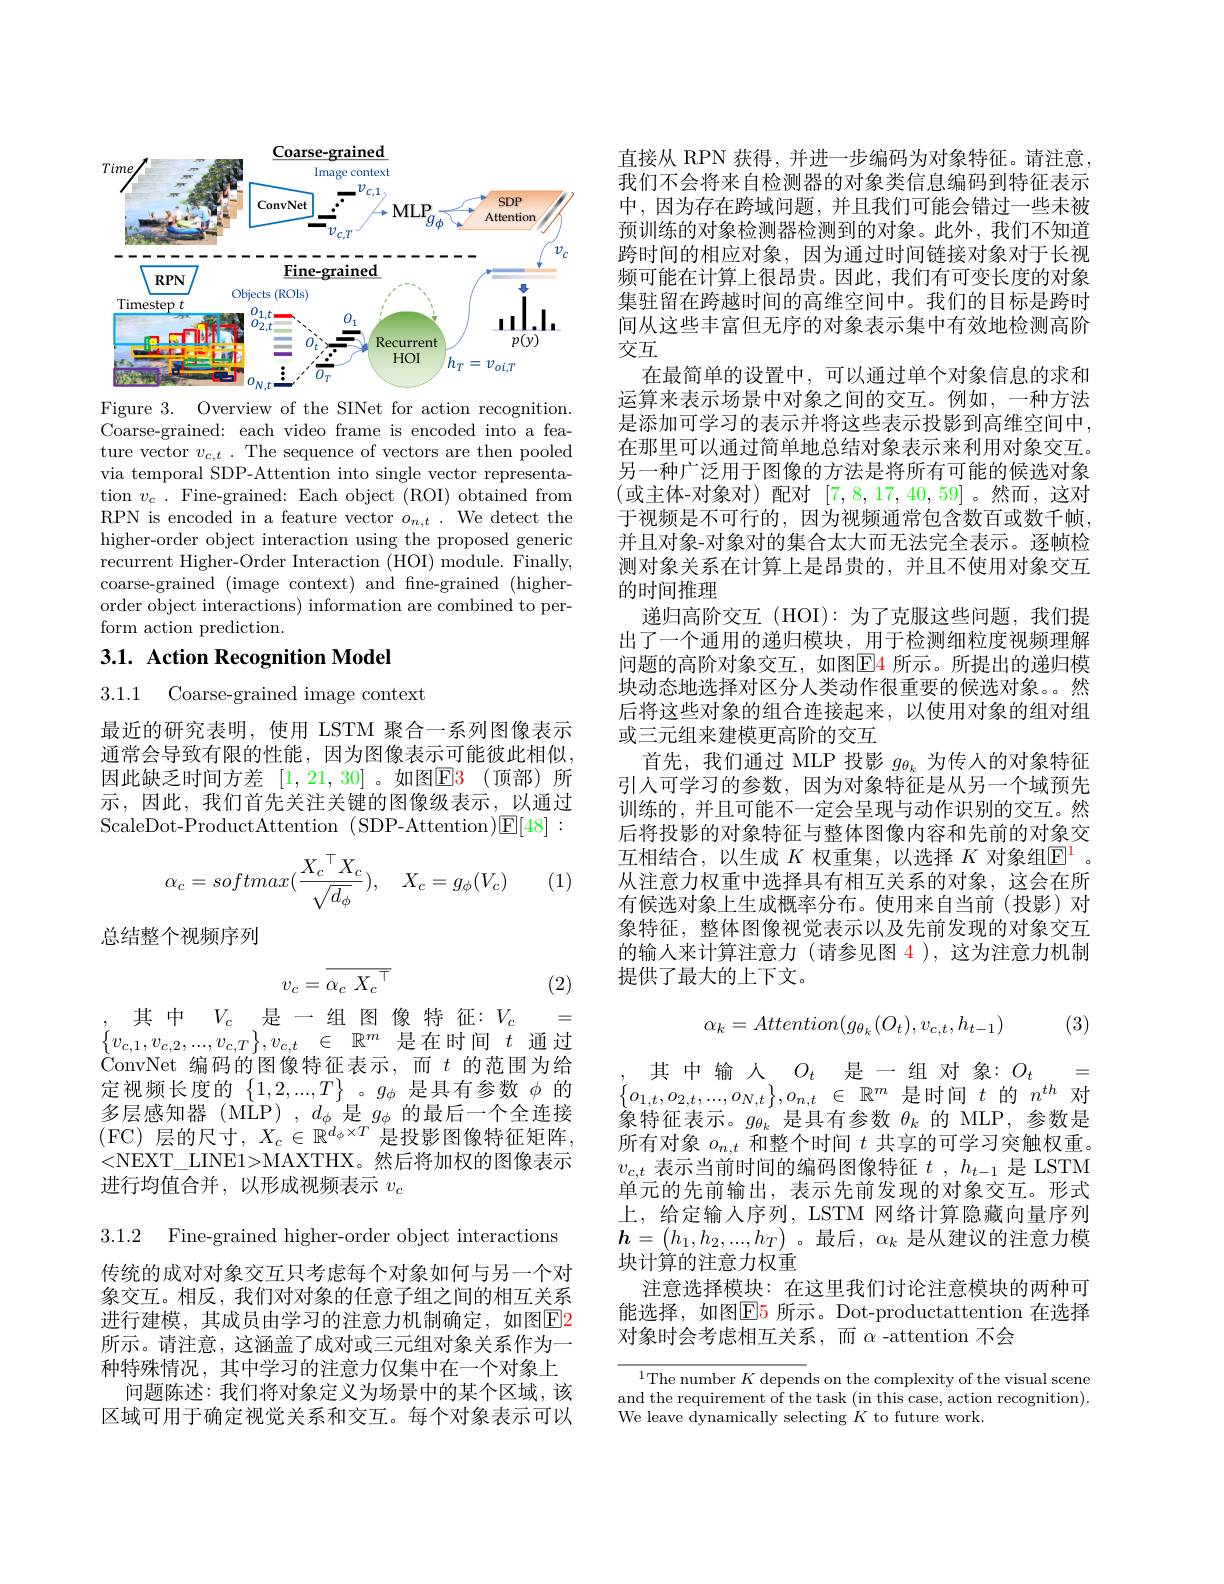
<FigureHere>

Figure 3. Overview of the SINet for action recognition. Coarse-grained: each video frame is encoded into a feature vector $v_{c,t}.$ The sequence of vectors are then pooled via temporal SDP-Attention into single vector representation $v_c.$ Fine-grained: Each object (ROI) obtained from RPN is encoded in a feature vector $o_{n,t}.$ We detect the higher-order object interaction using the proposed generic recurrent Higher-Order Interaction (HOI) module. Finally, coarse-grained (image context) and fine-grained (higherorder object interactions) information are combined to perform action prediction.

## 3.1. Action Recognition Model

3.1.1 Coarse-grained image context

最近的研究表明，使用 LSTM 聚合一系列图像表示通常会导致有限的性能，因为图像表示可能彼此相似， 因此缺乏时间方差 [1,21,30] 。如图$\mathbb{E} \color{red} 3\:($顶部)所示，因此，我们首先关注关键的图像级表示，以通过ScaleDot-ProductAttention (SDP-Attention)$\boxed{\mathrm{E}}[48]:$
$$\alpha_c=softmax(\frac{X_c{}^\top X_c}{\sqrt{d_\phi}}),\quad X_c=g_\phi(V_c)$$
(1)

总结整个视频序列
$$v_{c}=\overline{\alpha_{c}\:X_{c}^{\top}}$$
(2)

=
其中$V_c$是一组图像特征：$V_c$
$\begin{Bmatrix} v_{c, 1}, v_{c, 2}, . . . , v_{c, T}\end{Bmatrix} , v_{c, t}\in \mathbb{R} ^{m}$是 在 时 间 $t$通 过 $\\$ $\dot{\text{ConvNet 编码的图像特征表示，而 }}t$的范围为给定视频长度的$\left\{1,2,...,T\right\}$。$g_\phi$是具有参数$\phi$的多层感知器(MLP),$d_\phi$是$g_\phi$的最后一个全连接(FC)层的尺寸$,X_c\in\mathbb{R}^d_\phi\times T$是投影图像特征矩阵， <NEXT\_LINE1>MAXTHX。然后将加权的图像表示进行均值合并，以形成视频表示$v_c$

3.1.2 Fine-grained higher-order object interactions

传统的成对对象交互只考虑每个对象如何与另一个对象交互。相反，我们对对象的任意子组之间的相互关系进行建模，其成员由学习的注意力机制确定，如图E2所示。请注意，这涵盖了成对或三元组对象关系作为一种特殊情况，其中学习的注意力仅集中在一个对象上
问题陈述：我们将对象定义为场景中的某个区域，该区域可用于确定视觉关系和交互。每个对象表示可以

直接从 RPN 获得，并进一步编码为对象特征。请注意， 我们不会将来自检测器的对象类信息编码到特征表示中，因为存在跨域问题，并且我们可能会错过一些未被预训练的对象检测器检测到的对象。此外，我们不知道跨时间的相应对象，因为通过时间链接对象对于长视频可能在计算上很昂贵。因此，我们有可变长度的对象集驻留在跨越时间的高维空间中。我们的目标是跨时间从这些丰富但无序的对象表示集中有效地检测高阶交互
在最简单的设置中，可以通过单个对象信息的求和运算来表示场景中对象之间的交互。例如，一种方法是添加可学习的表示并将这些表示投影到高维空间中， 在那里可以通过简单地总结对象表示来利用对象交互。另一种广泛用于图像的方法是将所有可能的候选对象(或主体-对象对)配对[7,8,17,40,59]。然而，这对于视频是不可行的，因为视频通常包含数百或数千帧并且对象-对象对的集合太大而无法完全表示。逐帧检测对象关系在计算上是昂贵的，并且不使用对象交互的时间推理
递归高阶交互(HOI):为了克服这些问题，我们提出了一个通用的递归模块，用于检测细粒度视频理解问题的高阶对象交互，如图$\color{red}{\boxed{E}4}$ 所示。所提出的递归模块动态地选择对区分人类动作很重要的候选对象。然后将这些对象的组合连接起来，以使用对象的组对组或三元组来建模更高阶的交互
首先，我们通过 MLP 投影$g_{\theta_k}$为传人的对象特征引入可学习的参数，因为对象特征是从另一个域预先训练的，并且可能不一定会呈现与动作识别的交互。然后将投影的对象特征与整体图像内容和先前的对象交互相结合，以生成$K$权重集，以选择$K$对象组$\mathbb{E}^\mathrm{l}$ 。从注意力权重中选择具有相互关系的对象，这会在所有候选对象上生成概率分布。使用来自当前(投影)对象特征，整体图像视觉表示以及先前发现的对象交互的输入来计算注意力(请参见图 4),这为注意力机制提供了最大的上下文。
$$\alpha_k=Attention(g_{\theta_k}(O_t),v_{c,t},h_{t-1})$$
(3)

其中输入$O_t$是一组对象：$O_t=$ $\begin{Bmatrix} o_{1, t}, o_{2, t}, . . . , o_{N, t}\end{Bmatrix} , o_{n, t}$ $\in$ $\mathbb{R} ^{m}$是时间$t$的$n^th$对象特征表示。$g_{\theta_k}$是具有参数$\theta_k$的 MLP,参数是所有对象$o_{n,t}$和整个时间$t$共享的可学习突触权重。$v_{c,t}$表示当前时间的编码图像特征$t,h_t-1$是 LSTM 单元的先前输出，表示先前发现的对象交互。形式上，给定输入序列，LSTM 网络计算隐藏向量序列$\boldsymbol{h}=(h_1,h_2,...,h_T)$。最后$,\alpha_k$ 是从建议的注意力模块计算的注意力权重
注意选择模块：在这里我们讨论注意模块的两种可能选择，如图$\color{red}{\mathrm{E}}\color{blue}{\mathrm{5~所示。Dot-productattention~在选择}}$ 对象时会考虑相互关系，而$\alpha$ -attention 不会

${^{1}\text{The number }K\text{ depends on the complexity of the visual scene}}$ and the requirement of the task (in this case, action recognition). We leave dynamically selecting $K$ to future work.